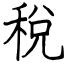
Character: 稅